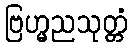
ဗြဟ္မညသုတ္တံ